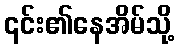
၎င်း၏နေအိမ်သို့